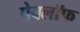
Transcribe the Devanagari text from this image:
पेवलॉफ